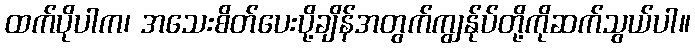
ထက်ပိုပါက၊ အသေးစိတ်ပေးပို့ချိန်အတွက်ကျွန်ုပ်တို့ကိုဆက်သွယ်ပါ။